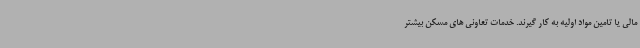
مالی یا تامین مواد اولیه به کار گیرند. خدمات تعاونی های مسکن بیشتر